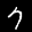
Label: 7